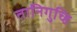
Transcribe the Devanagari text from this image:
तानिगुच्हि